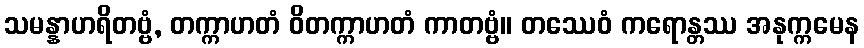
သမန္နာဟရိတဗ္ဗံ, တက္ကာဟတံ ဝိတက္ကာဟတံ ကာတဗ္ဗံ။ တဿေဝံ ကရောန္တဿ အနုက္ကမေန